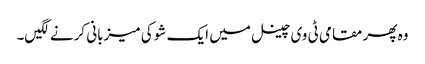
وہ پھر مقامی ٹی وی چینل میں ایک شو کی میزبانی کرنے لگیں۔